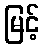
မြင့်